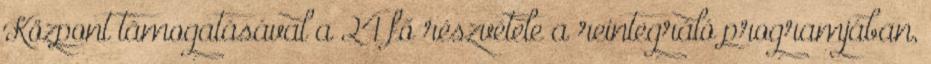
Központ támogatásával a 24 fő részvétele a reintegráló programjában,